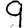
Digit: 9